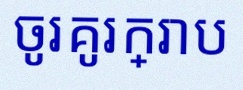
ចូរគូរក្រាប